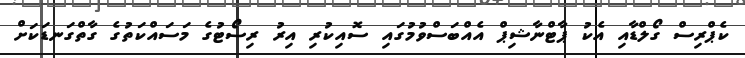
ކެޕްރިސް ގޯލްޑާއި އެކު ޕާޓްނާޝިޕް އެއްބަސްވުމުގައި ސޮއިކުރި އިރު ރިސޯޓުގެ މަސައްކަތުގެ ގާތްގަނޑަކަށް